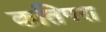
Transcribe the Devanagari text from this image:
कतिपरा